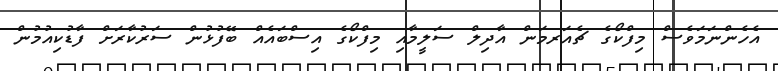
އެހެންނަމަވެސް މިފްކޯގެ ޗެއަރމަން އާދިލް ސަލީމާއި މިފްކޯގެ އިސްބައެއް ބޭފުޅުން ސަރުކާރަށް ފާޑުކިއުމުން